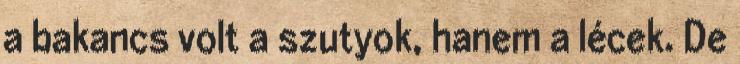
a bakancs volt a szutyok, hanem a lécek. De